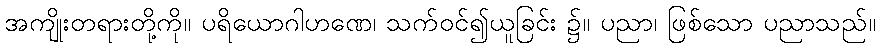
အကျိုးတရားတို့ကို။ ပရိယောဂါဟဏေ၊ သက်ဝင်၍ယူခြင်း ၌။ ပညာ၊ ဖြစ်သော ပညာသည်။